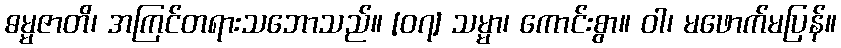
ဓမ္မဇာတိ၊ အကြင်တရားသဘောသည်။ [၀၇] သမ္မာ၊ ကောင်းစွာ။ ဝါ၊ မဖောက်မပြန်။